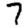
Digit: 7